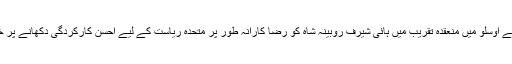
پاکستان یونین ناروے کی جانب سے اوسلو میں منعقدہ تقریب میں ہائی شیرف روبینہ شاہ کو رضا کارانہ طور پر متحدہ ریاست کے لیے احسن کارکردگی دکھانے پر خصوصی اعزاز سے نوازا گیا تھا۔